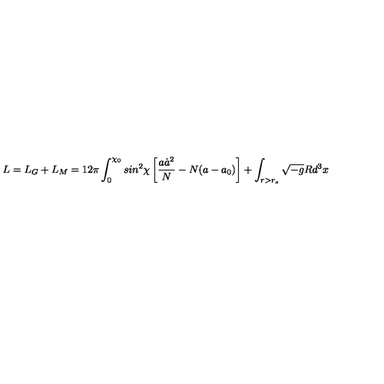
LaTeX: L = L _ { G } + L _ { M } = 1 2 \pi \int _ { 0 } ^ { \chi _ { 0 } } s i n ^ { 2 } \chi \left[ \frac { a \dot { a } ^ { 2 } } { N } - N ( a - a _ { 0 } ) \right] + \int _ { r > r _ { s } } \sqrt { - g } R d ^ { 3 } x